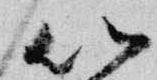
以